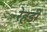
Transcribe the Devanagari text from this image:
रेहडी